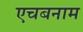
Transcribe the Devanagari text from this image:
एचबनाम